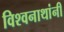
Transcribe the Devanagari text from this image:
विश्वनाथांनी